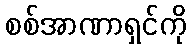
စစ်အာဏာရှင်ကို